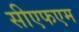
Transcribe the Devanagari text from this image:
सीएफएम